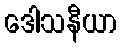
ဒေါသနီယာ